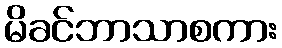
မိခင်ဘာသာစကား